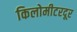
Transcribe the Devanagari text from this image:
किलोमीटरदूर